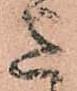
意